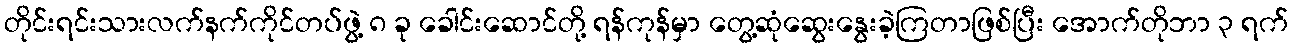
တိုင်းရင်းသားလက်နက်ကိုင်တပ်ဖွဲ့ ၈ ခု ခေါင်းဆောင်တို့ ရန်ကုန်မှာ တွေ့ဆုံဆွေးနွေးခဲ့ကြတာဖြစ်ပြီး အောက်တိုဘာ ၃ ရက်